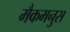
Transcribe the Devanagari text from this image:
मैकमनुस